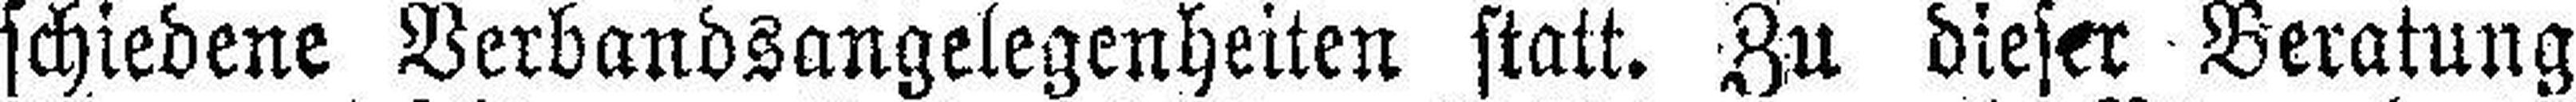
schiedene Verbandsangelegenheiten statt. Zu dieser Beratung